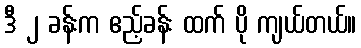
ဒီ ၂ ခန်းက ဧည့်ခန်း ထက် ပို ကျယ်တယ်။